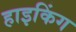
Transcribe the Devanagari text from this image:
हाइकिंग